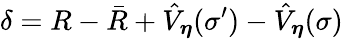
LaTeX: \delta=R-\bar{R}+\hat{V}_{\boldsymbol{\eta}}(\sigma^{\prime})-\hat{V}_{\boldsymbol{\eta}}(\sigma)